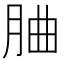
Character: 𦚼